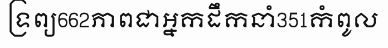
ទ្រព្យ662ភាពជាអ្នកដឹកនាំ351កំពូល